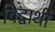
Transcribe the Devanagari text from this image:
विद्वार्थी